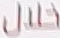
خلال